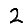
Digit: 2